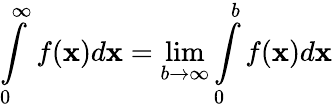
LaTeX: \int\limits_{0}^{\infty}f(\mathbf{x})d\mathbf{x}=\lim\limits_{b\rightarrow\infty}\int\limits_{0}^{b}f(\mathbf{x})d\mathbf{x}